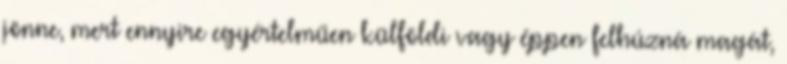
jönne, mert ennyire egyértelműen külföldi vagy éppen felhúzná magát,